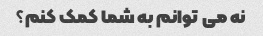
نه می توانم به شما کمک کنم؟